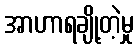
အာဟာရချို့တဲ့မှု